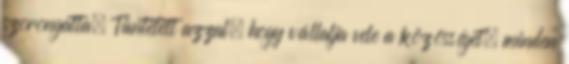
szorongatta. Tüntetett azzal, hogy vállalja vele a közösséget, minden